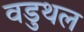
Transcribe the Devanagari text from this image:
वडुथल